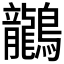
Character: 𪈗